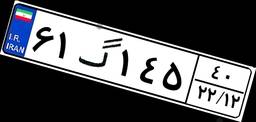
۶۱گ۱۴۵۴۰